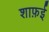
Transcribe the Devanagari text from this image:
शाफ़ई